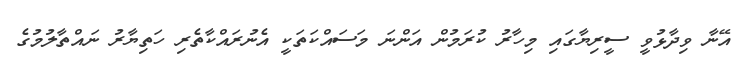
އޭނާ ވިދާޅުވީ ސީރިޔާގައި މިހާރު ކުރަމުން އަންނަ މަސައްކަތަކީ އެނުރައްކާތެރި ހަތިޔާރު ނައްތާލުމުގެ